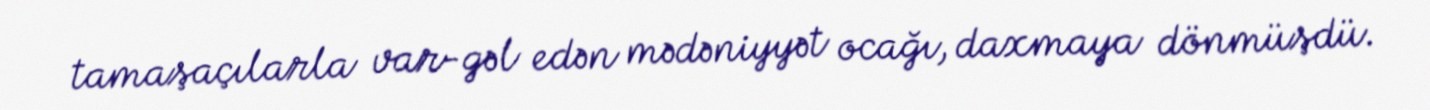
tamaşaçılarla var-gəl edən mədəniyyət ocağı, daxmaya dönmüşdü.